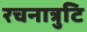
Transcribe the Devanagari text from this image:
रचनात्रुटि